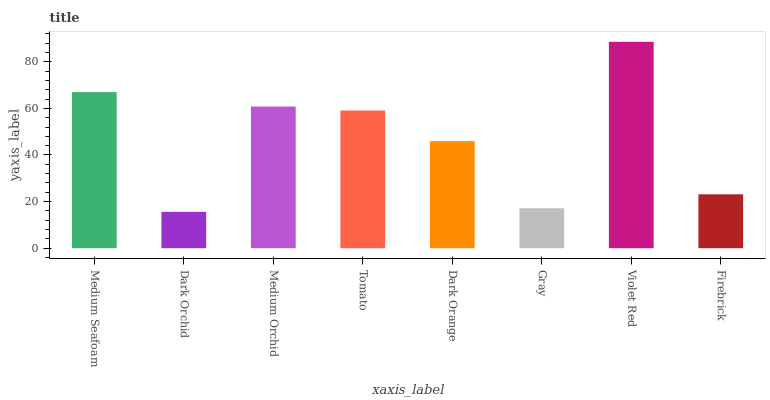
| xaxis_label | bars |
 | --- | --- |
 | Medium Seafoam | 67 |
 | Dark Orchid | 15.6 |
 | Medium Orchid | 60.8 |
 | Tomato | 59.1 |
 | Dark Orange | 45.9 |
 | Gray | 17.1 |
 | Violet Red | 88.6 |
 | Firebrick | 23.1 |